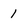
Character: i